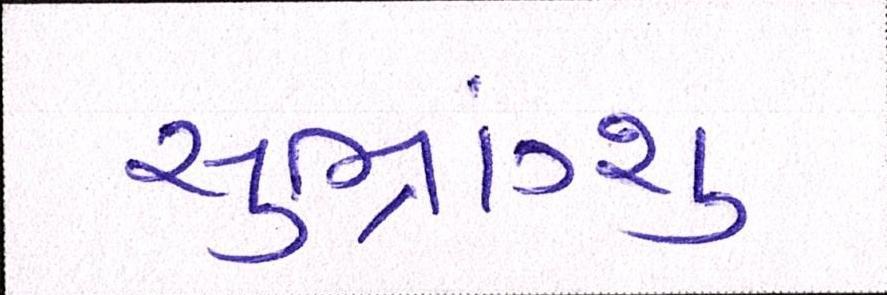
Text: સુભ્રાંગ્શુ